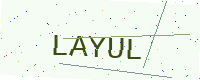
Text: LAYUL